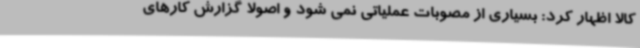
کالا اظهار کرد: بسیاری از مصوبات عملیاتی نمی شود و اصولا گزارش کارهای